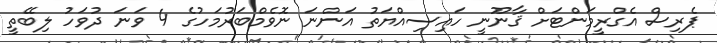
ޕެރިސް އެގްރީމަންޓަށް ޤާނޫނީ ހައިސިއްޔަތު އަންނަ ނޮވެމްބަރުމަހުގެ 4 ވަނަ ދުވަހު ލިބޭތީ